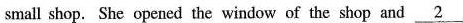
small shop. She opened the window of the shop and \underline{2}